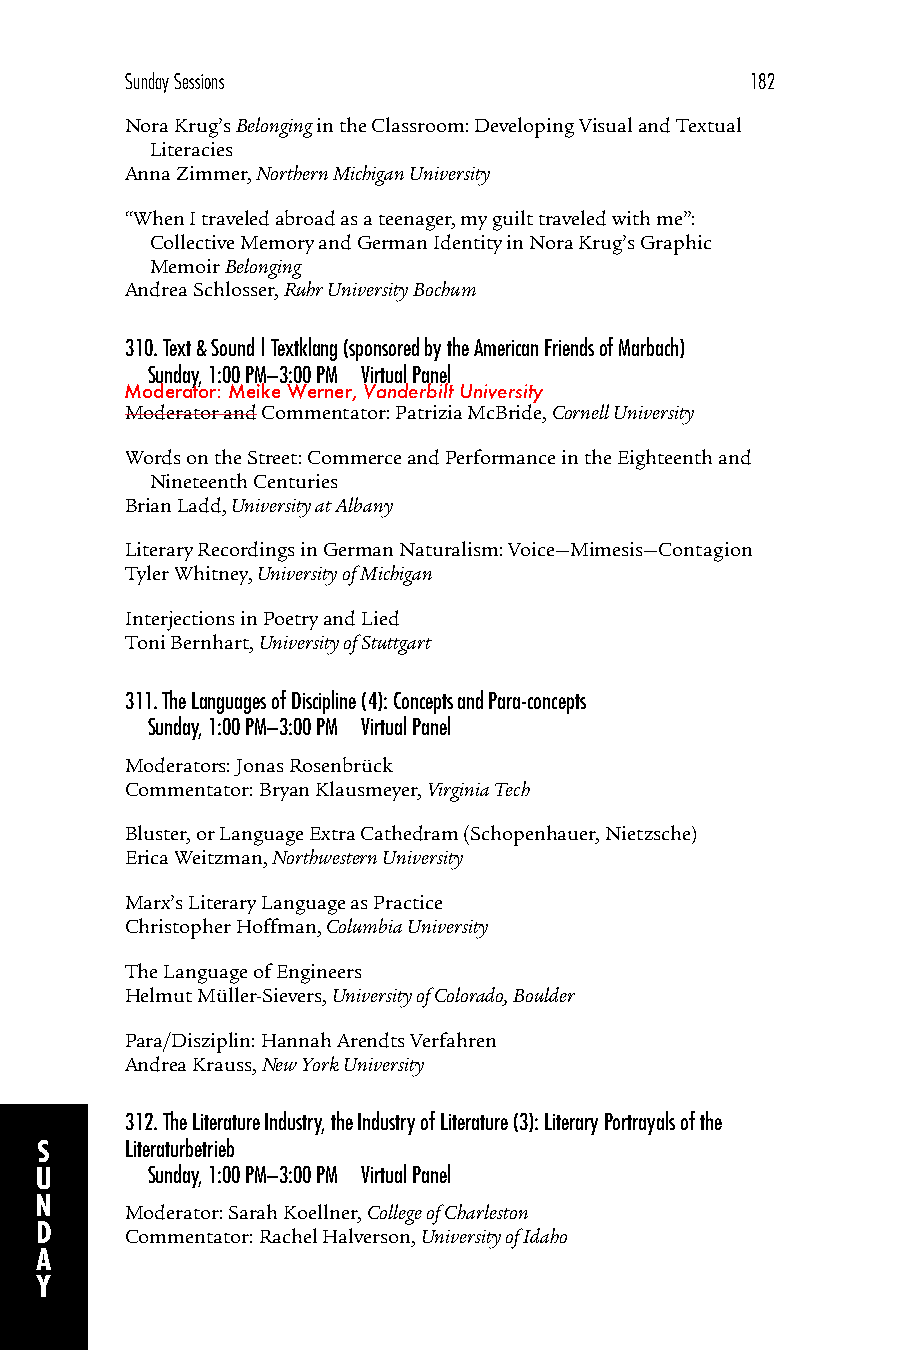
Sunday Sessions                           182
 Nora Krug’s Belonging in the Classroom: Developing Visual and Textual
 Literacies
 Anna Zimmer, Northern Michigan University
 “When I traveled abroad as a teenager, my guilt traveled with me”:
 Collective Memory and German Identity in Nora Krug’s Graphic
 Memoir Belonging
 Andrea Schlosser, Ruhr University Bochum
 310.Text & Sound | Textklang (sponsored by the American Friends of Marbach)
 Sunday, 1:00 PM–3:00 PM Virtual Panel
 Moderator: Meike Werner, Vanderbilt University
 Moderator and Commentator: Patrizia McBride, Cornell University
 Words on the Street: Commerce and Performance in the Eighteenth and
 Nineteenth Centuries
 Brian Ladd, University at Albany
 Literary Recordings in German Naturalism: Voice—Mimesis—Contagion
 Tyler Whitney, University of Michigan
 Interjections in Poetry and Lied
 Toni Bernhart, University of Stuttgart
 311.The Languages of Discipline (4): Concepts and Para-concepts
 Sunday, 1:00 PM–3:00 PM Virtual Panel
 Moderators: Jonas Rosenbrück
 Commentator: Bryan Klausmeyer, Virginia Tech
 Bluster, or Language Extra Cathedram (Schopenhauer, Nietzsche)
 Erica Weitzman, Northwestern University
 Marx’s Literary Language as Practice
 Christopher Hoffman, Columbia University
 The Language of Engineers
 Helmut Müller-Sievers, University of Colorado, Boulder
 Para/Disziplin: Hannah Arendts Verfahren
 Andrea Krauss, New York University
 312.The Literature Industry, the Industry of Literature (3): Literary Portrayals of the
 S     Literaturbetrieb
 U       Sunday, 1:00 PM–3:00 PM Virtual Panel
 N
 Moderator: Sarah Koellner, College of Charleston
 D
 Commentator: Rachel Halverson, University of Idaho
 A
 Y